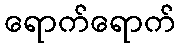
ရောက်ရောက်